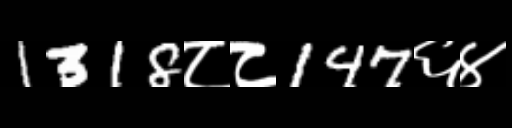
Text: 1318८८147६४